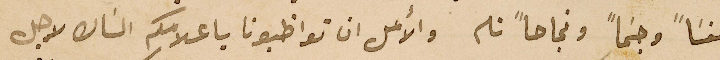
نفسَاً وجسَماً ونجاحاً تام والأمل ان تواظبونا باعلامكم الشان لاجل